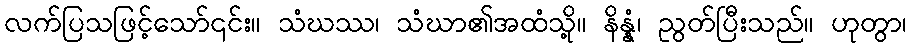
လက်ပြသဖြင့်သော်၎င်း။ သံဃဿ၊ သံဃာ၏အထံသို့။ နိန္နံ၊ ညွတ်ပြီးသည်။ ဟုတွာ၊